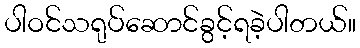
ပါဝင်သရုပ်ဆောင်ခွင့်ရခဲ့ပါတယ်။